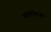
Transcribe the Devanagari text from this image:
भारताऐवजी